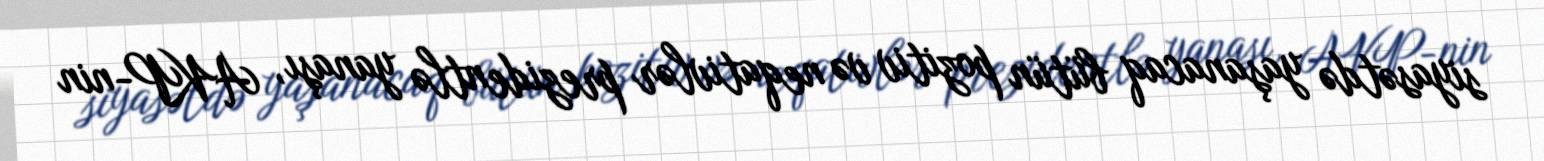
siyasətdə yaşanacaq bütün pozitiv və neqativlər prezidentlə yanaşı, AKP-nin